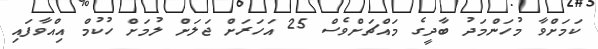
ކަމަށްވާ މުހަންމަދު ބާދީގެ މައްޗަށްވެސް 25 އަހަރަށް ޖަލަށް ލުމަށް ހުކުމް އިއްވާފައި